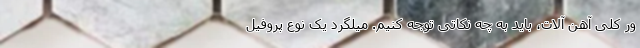
ور کلی آهن آلات، باید به چه نکاتی توجّه کنیم. میلگرد یک نوع پروفیل